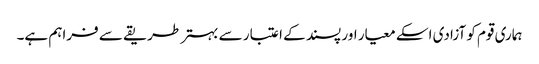
ہماری قوم کو آزادی اسکے معیار اور پسند کے اعتبار سے بہتر طریقے سے فراہم ہے۔